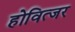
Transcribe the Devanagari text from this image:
होवित्जर